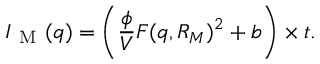
I _ { \mathrm { ~ M ~ } } ( q ) = \left( \frac { \phi } { V } F ( q , R _ { M } ) ^ { 2 } + b \right) \times t .